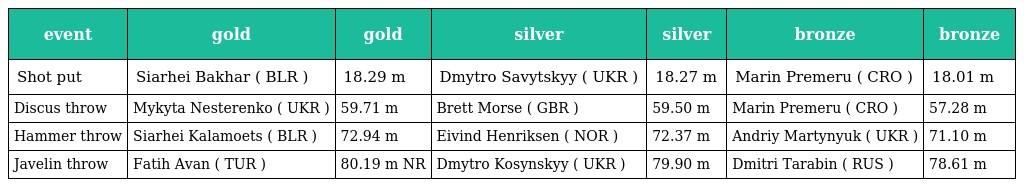
| event | gold | gold | silver | silver | bronze | bronze |
 | --- | --- | --- | --- | --- | --- | --- |
 | Shot put | Siarhei Bakhar ( BLR ) | 18.29 m | Dmytro Savytskyy ( UKR ) | 18.27 m | Marin Premeru ( CRO ) | 18.01 m |
 | Discus throw | Mykyta Nesterenko ( UKR ) | 59.71 m | Brett Morse ( GBR ) | 59.50 m | Marin Premeru ( CRO ) | 57.28 m |
 | Hammer throw | Siarhei Kalamoets ( BLR ) | 72.94 m | Eivind Henriksen ( NOR ) | 72.37 m | Andriy Martynyuk ( UKR ) | 71.10 m |
 | Javelin throw | Fatih Avan ( TUR ) | 80.19 m NR | Dmytro Kosynskyy ( UKR ) | 79.90 m | Dmitri Tarabin ( RUS ) | 78.61 m |